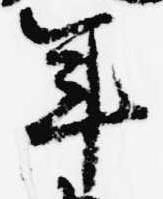
年